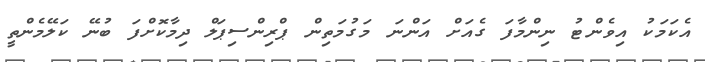
އެކަމަކު އިވެންޓު ނިންމާފަ ގެއަށް އަންނަ މަގުމަތިން ޕްރިންސިޕަލް ދިމާކޮށްފަ ބުނޭ ކަލޭމެންތީ